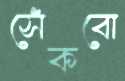
সেঁকবো